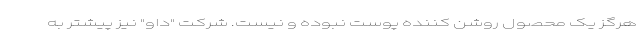
هرگز یک محصول روشن کننده پوست نبوده و نیست. شرکت "داو" نیز پیشتر به